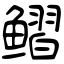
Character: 鳛